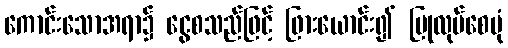
ကောင်းသောအရာ၌ ငွေစသည်ဖြင့် ဖြားယောင်း၍ ပြုလုပ်စေပုံ